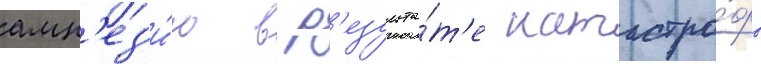
амн'ез'и́ю в р'езульта́т'е катастро́фы